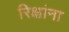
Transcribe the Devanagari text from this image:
रिक्षांना